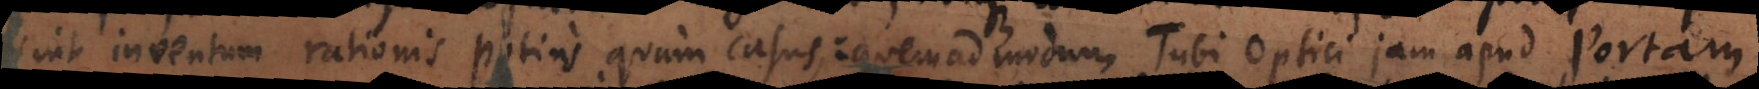
sint inventum rationis potius quam casus: quemadmodum Tubi Optici jam apud Portam